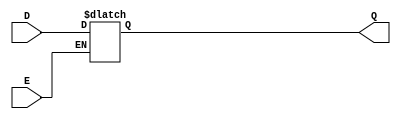
module async_gated_latch (
    input wire D,      // Data input
    input wire E,      // Enable signal
    output reg Q       // Output
);

// Always block to implement the latch behavior
always @(*) begin
    if (E) begin
        Q = D;        // Capture the value of D when E is high
    end else begin
        Q = Q;        // Retain the previous value of Q when E is low
    end
end

endmodule